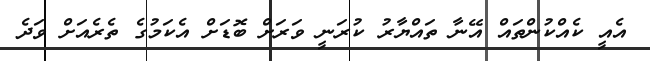
އެއީ ކެއްކުންތައް އޭނާ ތައްޔާރު ކުރަނީ ވަރަށް ބޮޑަށް އެކަމުގެ ތެރެއަށް ވަދެ